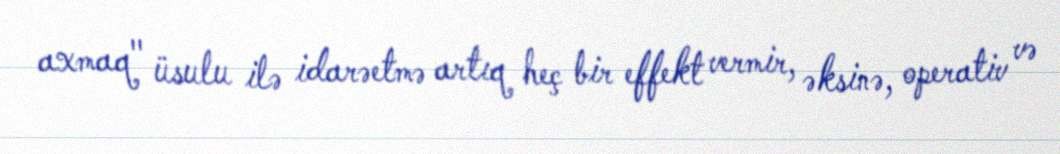
axmaq" üsulu ilə idarəetmə artıq heç bir effekt vermir, əksinə, operativ və